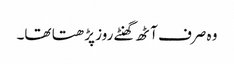
وہ صرف آٹھ گھنٹے روز پڑھتا تھا۔